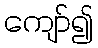
ကျော်၍